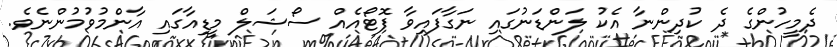
ދެމީހުންގެ ދެ ކުދިންނާ އެކު ލަންޑަނުގައި ނަގާފައިވާ ފޮޓޯއެއް ސޯޝަލް މީޑިއާގައި އާންމުވުމުންނެވެ.